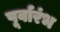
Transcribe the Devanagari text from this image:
पूर्वारंभ